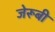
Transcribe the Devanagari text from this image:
जेरूबी